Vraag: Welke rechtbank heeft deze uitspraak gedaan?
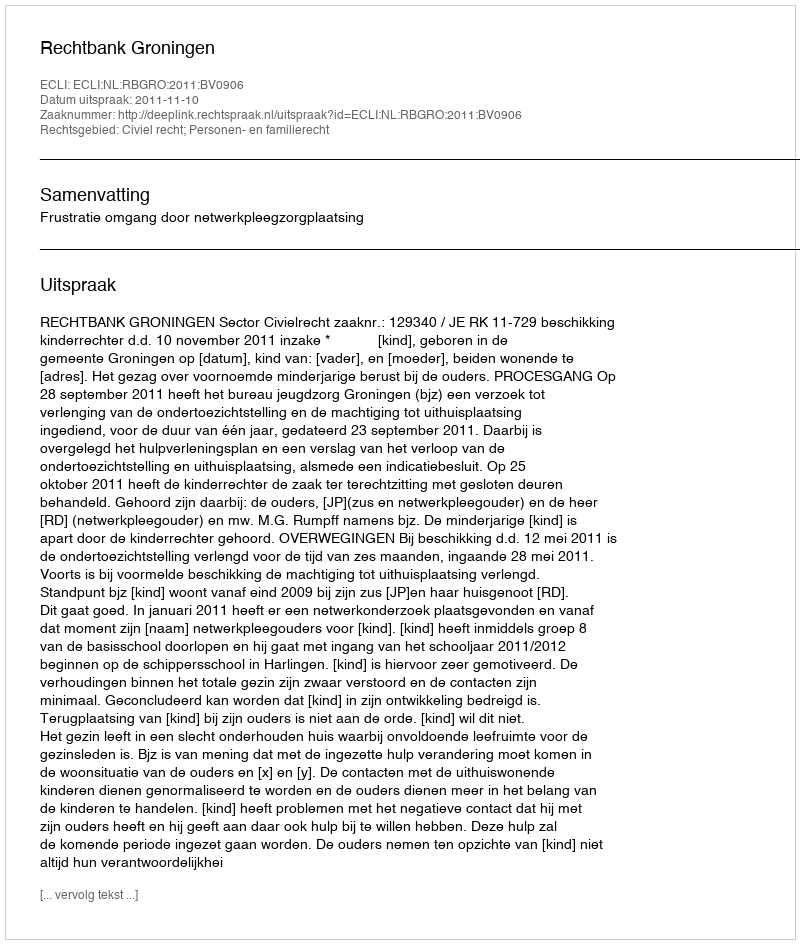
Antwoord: Rechtbank Groningen